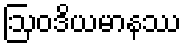
ဩဝဒိယမာနဿ